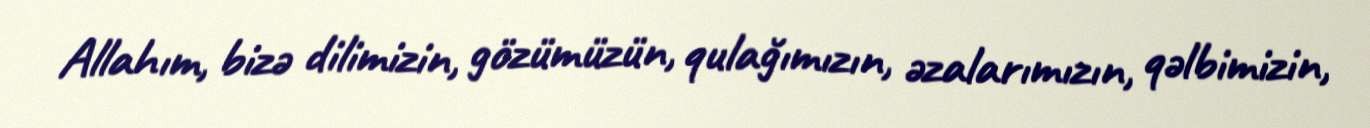
Allahım, bizə dilimizin, gözümüzün, qulağımızın, əzalarımızın, qəlbimizin,